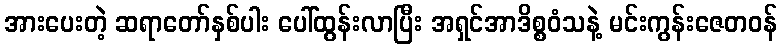
အားပေးတဲ့ ဆရာတော်နှစ်ပါး ပေါ်ထွန်းလာပြီး အရှင်အာဒိစ္စဝံသနဲ့ မင်းကွန်းဇေတဝန်